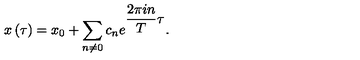
x \left( \tau \right) = x _ { 0 } + \sum _ { n \neq 0 } c _ { n } e ^ { \displaystyle \frac { 2 \pi i n } { T } \tau } .